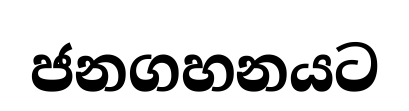
ජනගහනයට